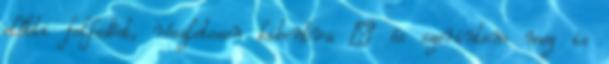
előtti felfedést, részletesen kibontva – és szerintem meg is